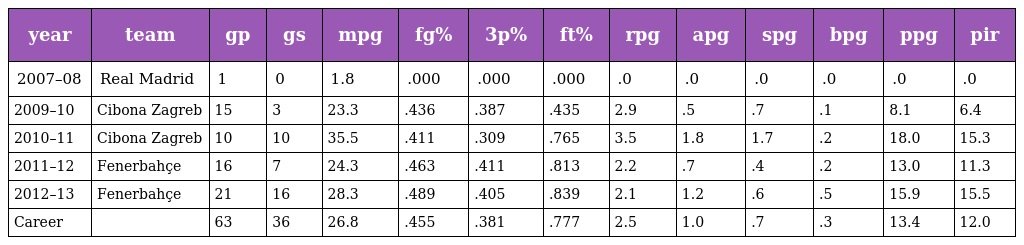
| year | team | gp | gs | mpg | fg% | 3p% | ft% | rpg | apg | spg | bpg | ppg | pir |
 | --- | --- | --- | --- | --- | --- | --- | --- | --- | --- | --- | --- | --- | --- |
 | 2007–08 | Real Madrid | 1 | 0 | 1.8 | .000 | .000 | .000 | .0 | .0 | .0 | .0 | .0 | .0 |
 | 2009–10 | Cibona Zagreb | 15 | 3 | 23.3 | .436 | .387 | .435 | 2.9 | .5 | .7 | .1 | 8.1 | 6.4 |
 | 2010–11 | Cibona Zagreb | 10 | 10 | 35.5 | .411 | .309 | .765 | 3.5 | 1.8 | 1.7 | .2 | 18.0 | 15.3 |
 | 2011–12 | Fenerbahçe | 16 | 7 | 24.3 | .463 | .411 | .813 | 2.2 | .7 | .4 | .2 | 13.0 | 11.3 |
 | 2012–13 | Fenerbahçe | 21 | 16 | 28.3 | .489 | .405 | .839 | 2.1 | 1.2 | .6 | .5 | 15.9 | 15.5 |
 | Career |  | 63 | 36 | 26.8 | .455 | .381 | .777 | 2.5 | 1.0 | .7 | .3 | 13.4 | 12.0 |